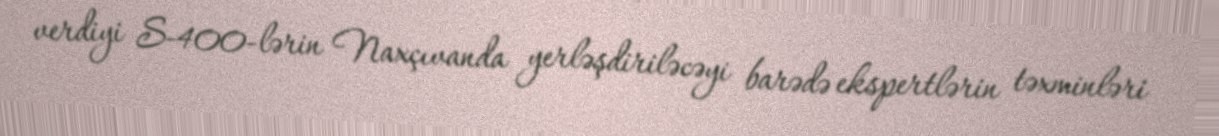
verdiyi S-400-lərin Naxçıvanda yerləşdiriləcəyi barədə ekspertlərin təxminləri